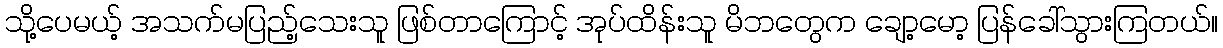
သို့ပေမယ့် အသက်မပြည့်သေးသူ ဖြစ်တာကြောင့် အုပ်ထိန်းသူ မိဘတွေက ချော့မော့ ပြန်ခေါ်သွားကြတယ်။